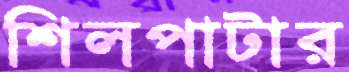
শিলপাটার